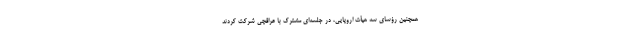
همچنین رؤسای سه هیأت اروپایی، در جلسه‌ای مشترک با عراقچی شرکت کردند